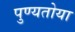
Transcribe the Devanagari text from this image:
पुण्यतोया